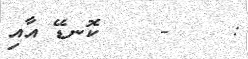
:    -    ކޮނޑޭ އާއި